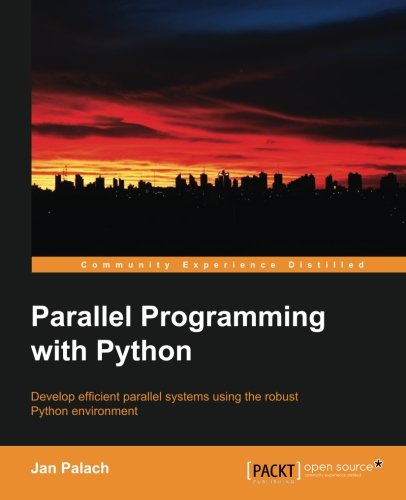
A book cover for Parallel Programming with Python; Jan Palach; Computers & Technology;